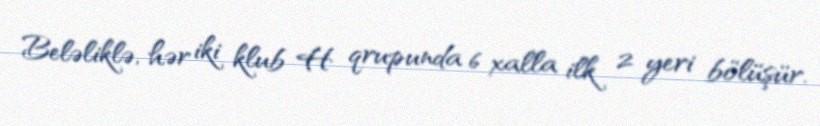
Beləliklə, hər iki klub H qrupunda 6 xalla ilk 2 yeri bölüşür.